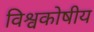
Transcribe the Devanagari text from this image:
विश्वकोषीय